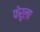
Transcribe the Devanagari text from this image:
फेरुला